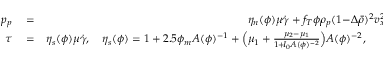
\begin{array} { r l r } { p _ { p } } & { { } = } & { \eta _ { n } ( \phi ) \mu \dot { \gamma } + f _ { T } \phi \rho _ { p } ( 1 \! - \! \Delta \bar { \rho } ) ^ { 2 } v _ { x } ^ { 2 } , \quad \eta _ { n } = \frac { \phi ^ { 2 } } { ( \phi _ { m } \! - \! \phi ) ^ { 2 } } , } \\ { \tau } & { { } = } & { \eta _ { s } ( \phi ) \mu \dot { \gamma } , \quad \eta _ { s } ( \phi ) = 1 + 2 . 5 \phi _ { m } { \cal A } ( \phi ) ^ { - 1 } + \Bigl ( \mu _ { 1 } + \frac { \mu _ { 2 } - \mu _ { 1 } } { 1 \! + \! I _ { 0 } { \cal A } ( \phi ) ^ { - 2 } } \Bigr ) { \cal A } ( \phi ) ^ { - 2 } , \qquad { \cal A } ( \phi ) = \frac { \phi _ { m } } { \phi } - 1 , } \end{array}